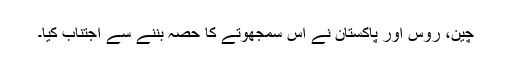
چین، روس اور پاکستان نے اِس سمجھوتے کا حصہ بننے سے اجتناب کیا۔